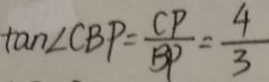
\tan \angle C B P = \frac { C P } { B P } = \frac { 4 } { 3 }